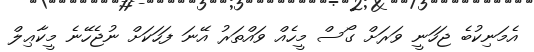
އެމަނިކުބެ ޖަހަނީ ވަރަށް ގޯސް މީހެއް ވައްތަރު އޭނަ ފަހަކަށް ނުޖެހޭނެ މީކާޢިލް